Vaccine operations Central Provinces 1900-1911 - 1900-1911
Year: 1900
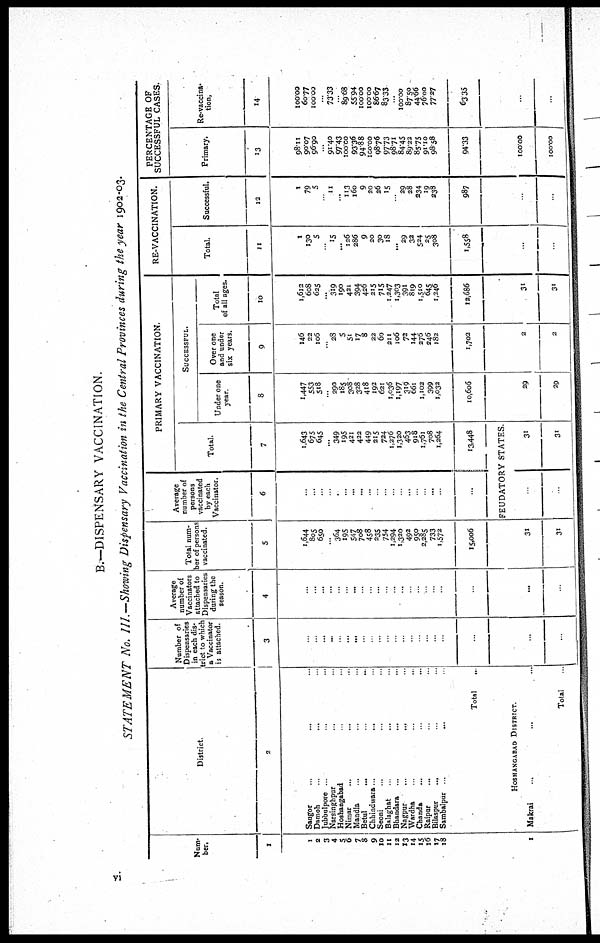
B.—DISPENSARY VACCINATION.
STATEMENT No. III.—Showing Dispensary Vaccination in the Central Provinces during the year 1902-03.
Num-
ber.
1
1
2
3
4
5
6
7
8
9
10
11
12
13
14
15
16
17
18
1
District.
2
Saugor ... ... ...
Damoh
...
...
...
Jubbulpore ... ... ...
Narsinghpur ... ... ...
Hoshangabad ... ... ...
Nimar
...
...
...
Mandla ... ... ...
Betul ... ... ...
Chhindwara... ... ...
Seoni ... ... ...
Balaghat ... ... ...
Bhandara...
...
...
Nagpur
...
...
...
Wardha ... ... ...
Chanda ... ... ...
Raipur ... ... ...
Bilaspur ... ... ...
Sambalpur ... ... ...
Total ...
HOSHANGABAD DISTRICT.
Makrai ... ... ...
Tolal ...
Number of
Dispensaries
in each dis-
trict to which
a Vaccinator
is attached.
3
...
...
...
...
...
...
...
...
...
...
...
...
...
...
...
...
...
...
...
...
...
Average
number of
Vaccinators
attached to
Dispensaries
during the
season.
4
...
...
...
...
..
...
...
...
...
...
...
...
...
...
...
...
...
...
...
...
...
Total num-
ber of persons
vaccinated.
5
1,644
805
650
...
364
195
547
708
458
235
754
1,294
1,320
492
950
2,285
733
1,572
15,006
31
31
Average
number of
persons
vaccinated
by each
Vaccinator.
6
...
...
...
...
...
...
...
...
...
...
...
...
...
...
...
...
...
...
...
PRIMARY VACCINATION.
Total.
7
1,643
675
645
...
349
195
421
422
449
215
724
1,276
1,320
463
918
1,761
708
1,264
13,448
FEUDATORY STATES.
...
...
31
31
SUCCESSFUL.
Under one
year.
8
1,447
553
518
...
290
l85
308
328
418
192
621
1,036
1,197
319
661
1,102
399
1,032
10,606
29
29
Over one
and under
six years.
9
146
22
106
...
28
5
51
17
8
22
60
211
106
72
144
276
246
182
1,702
2
2
Total
of all ages.
10
1,612
608
625
...
319
190
421
394
426
215
715
1,247
1,303
391
819
1,510
645
1,246
12,686
31
31
RE-VACCINATION.
Total.
11
1
130
5
...
15
...
126
286
9
20
30
18
...
29
32
524
25
308
1,558
...
...
Successful.
12
1
79
5
...
11
...
113
160
9
20
26
15
...
29
28
234
19
238
987
...
...
PERCENTAGE OF
SUCCESSFUL CASES.
Primary.
13
98.11
90.07
96.90
...
91.40
97.43
100.00
93.36
94.88
100.00
98.76
97.73
98.71
84.45
89.22
85.75
91.10
98.58
94.33
100.00
100.00
Re-vaccina-
tion.
14
100.00
60.77
100.00
...
73.33
...
89.68
55.94
100.00
100.00
86.67
83.33
...
100.00
87.50
44.66
76.00
77.27
63.35
...
...
vi